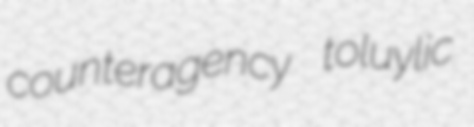
counteragency toluylic